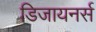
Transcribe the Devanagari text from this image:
डिजायनर्स